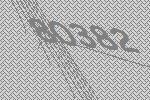
80382